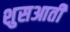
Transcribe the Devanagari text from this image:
शुसआती